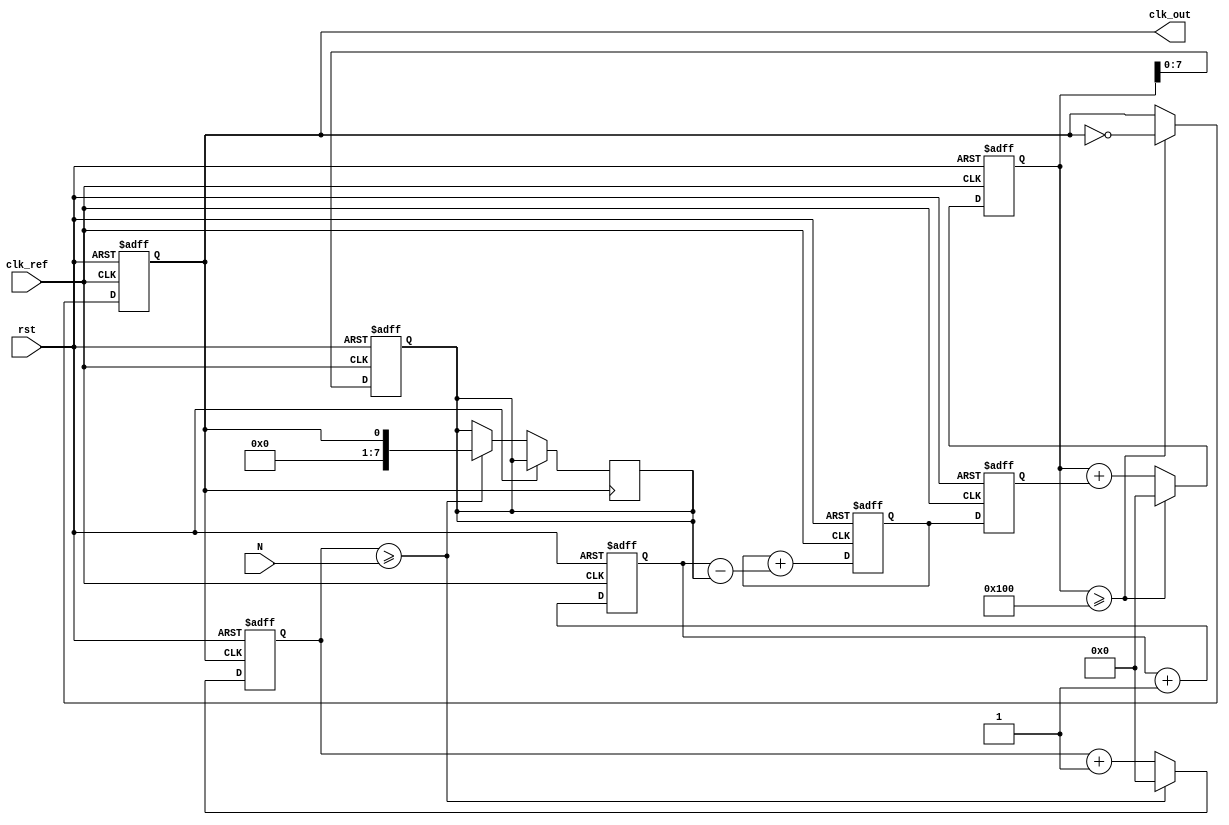
module integer_n_pll (
    input wire clk_ref,        // Reference clock input
    input wire rst,           // Reset signal
    input wire [7:0] N,       // Division factor (N)
    output reg clk_out        // Output clock
);

    // Parameters
    parameter PHASE_WIDTH = 8; // Width for phase comparison
    parameter FILTER_WIDTH = 8; // Width for loop filter output

    // Internal signals
    reg [PHASE_WIDTH-1:0] phase_ref;    // Reference phase
    reg [PHASE_WIDTH-1:0] phase_fb;     // Feedback phase
    reg [FILTER_WIDTH-1:0] control_voltage; // Control voltage for VCO
    reg [FILTER_WIDTH-1:0] loop_filter; // Loop filter output
    reg [31:0] vco_counter;             // VCO counter
    reg [31:0] divider_counter;          // Divider counter

    // Phase Detector
    always @(posedge clk_ref or posedge rst) begin
        if (rst) begin
            phase_ref <= 0;
            phase_fb <= 0;
        end else begin
            // Simple phase comparison (for illustration)
            phase_ref <= phase_ref + 1; // Increment reference phase
            phase_fb <= vco_counter[PHASE_WIDTH-1:0]; // Feedback phase
        end
    end

    // Loop Filter (simple integrator for demonstration)
    always @(posedge clk_ref or posedge rst) begin
        if (rst) begin
            loop_filter <= 0;
        end else begin
            loop_filter <= loop_filter + (phase_ref - phase_fb); // Error signal integration
        end
    end

    // Voltage-Controlled Oscillator (VCO)
    always @(posedge clk_ref or posedge rst) begin
        if (rst) begin
            vco_counter <= 0;
            clk_out <= 0;
        end else begin
            // Adjust VCO frequency based on control voltage
            vco_counter <= vco_counter + control_voltage[FILTER_WIDTH-1:0];
            if (vco_counter >= (1 << FILTER_WIDTH)) begin
                clk_out <= ~clk_out; // Toggle output clock
                vco_counter <= 0; // Reset VCO counter
            end
        end
    end

    // Frequency Divider
    always @(posedge clk_out or posedge rst) begin
        if (rst) begin
            divider_counter <= 0;
        end else begin
            divider_counter <= divider_counter + 1;
            if (divider_counter >= N) begin
                divider_counter <= 0; // Reset counter after division
                phase_fb <= clk_out; // Feedback to phase detector
            end
        end
    end

    // Control voltage assignment
    always @(posedge clk_ref or posedge rst) begin
        if (rst) begin
            control_voltage <= 0;
        end else begin
            control_voltage <= loop_filter; // Output of loop filter as control voltage
        end
    end

endmodule